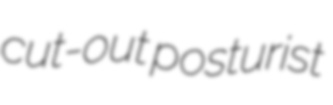
cut-out posturist